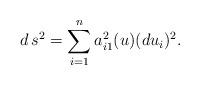
LaTeX: \begin{align*}d\, s^2=\sum_{i=1}^n a_{i1}^2(u)(du_i)^2.\end{align*}